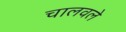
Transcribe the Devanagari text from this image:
चालवले